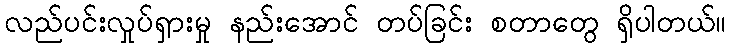
လည်ပင်းလှုပ်ရှားမှု နည်းအောင် တပ်ခြင်း စတာတွေ ရှိပါတယ်။